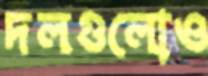
দলগুলোও